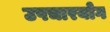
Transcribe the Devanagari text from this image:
उपचारयोग